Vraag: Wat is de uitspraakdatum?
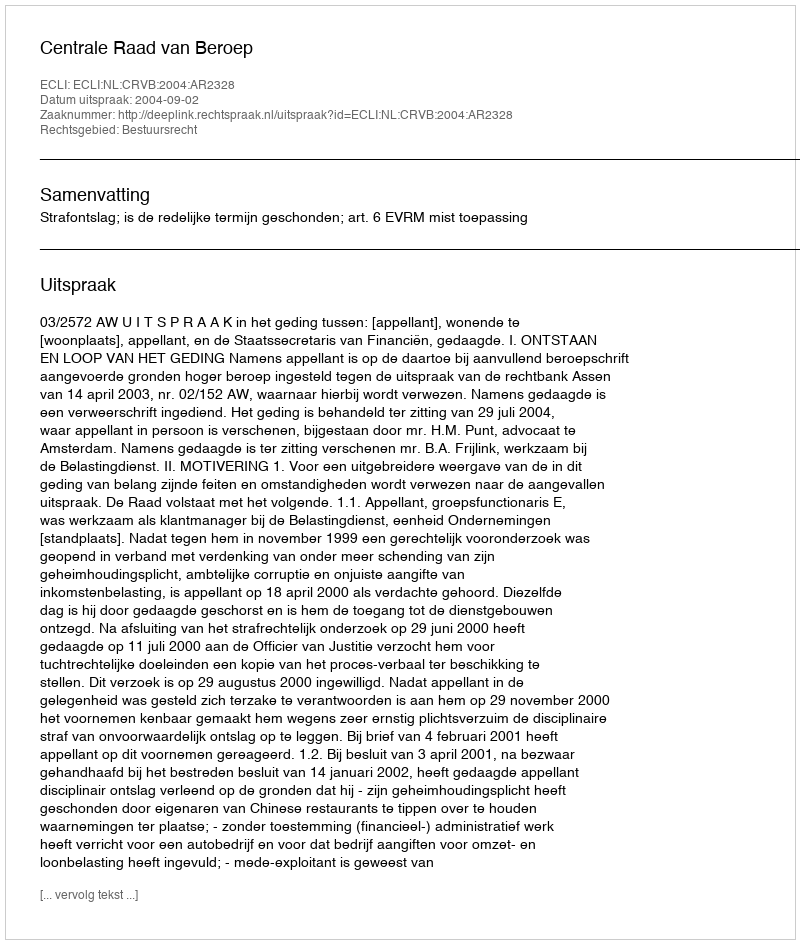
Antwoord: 2004-09-02